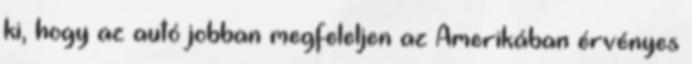
ki, hogy az autó jobban megfeleljen az Amerikában érvényes